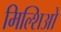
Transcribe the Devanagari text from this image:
मिल्शिओ